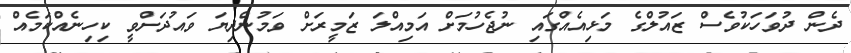
ދެން ދުވަހަކުވެސް ޒައުލްގެ މަޅިއެއްގައި ނުޖެހުމަށް އަމިއްލަ ޒަމީރަށް ވަމުންދިޔަ ވައުދަށްވީ ކިހިނެއްކަމެއް